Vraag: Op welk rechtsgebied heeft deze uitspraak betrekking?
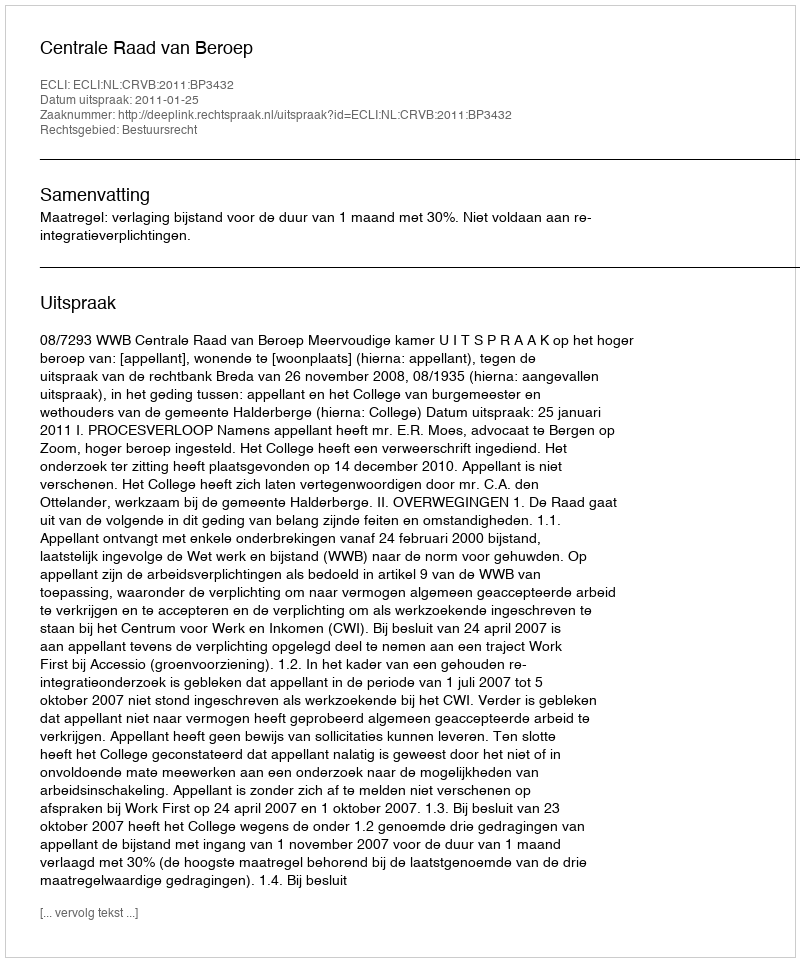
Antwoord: Bestuursrecht